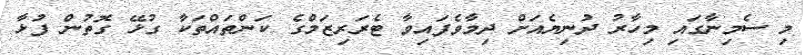
މި ސެމިނާގައި މިހާރު ދުނިޔެއަށް ދިމާވެފައިވާ ޓެރަރިޒަމްގެ ކަންތައްތަކާ ގުޅޭ ގޮތުން ފުޅާ